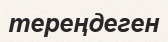
тереңдеген